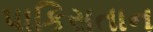
પાકિસતાન